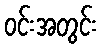
ဝင်းအတွင်း